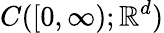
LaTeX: C([0,\infty);\mathbb{R}^{d})